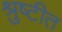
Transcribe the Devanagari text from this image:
श्रुष्टीत